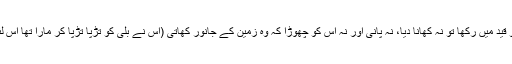
جب اس نے بلی کو قید میں رکھا تو نہ کھانا دیا، نہ پانی اور نہ اس کو چھوڑا کہ وہ زمین کے جانور کھاتی (اس نے بلی کو تڑپا تڑپا کر مارا تھا اس لئے جہنم میں گئی)۔